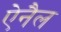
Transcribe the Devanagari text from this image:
ऐनैल